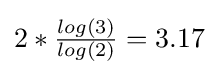
{\textstyle 2*{\frac {log(3)}{log(2)}}=3.17}